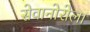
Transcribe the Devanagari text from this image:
सेवानोरोला